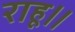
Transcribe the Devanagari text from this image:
राहू॥